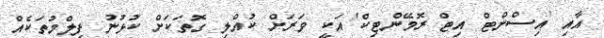
އާއި 'އިސްންޓް އިޓް ރޮމޭންޓިކް' އަކީ ވަރަށް ކުއްލި ގޮތަކަށް ކުޅުނު ފިލްމުތަކެއް